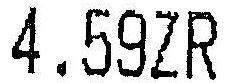
4.59ZR